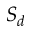
S _ { d }